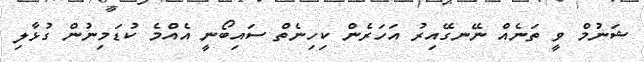
ޝަނުމް ވީ ތަނެއް ނޭނގޭއިރު އަހަރެން ކިހިނެތް ސައިބޯނީ އެއްމެ ކުޑަމިނުން ގުޅާލި